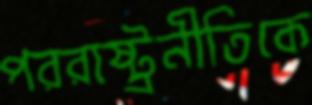
পররাষ্ট্রনীতিকে